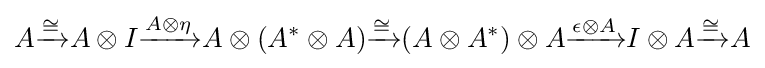
A{\xrightarrow {\cong }}A\otimes I{\xrightarrow {A\otimes \eta }}A\otimes (A^{*}\otimes A){\xrightarrow {\cong }}(A\otimes A^{*})\otimes A{\xrightarrow {\epsilon \otimes A}}I\otimes A{\xrightarrow {\cong }}A